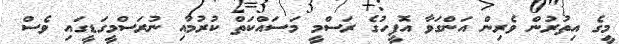
މީގެ އިތުރުން ވެރިން އަންގަވާ އޮފީހުގެ ރަސްމީ މަސައްކަތް ކުރުމާއި ނުރަސްމީގަޑީގައި ވެސް